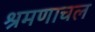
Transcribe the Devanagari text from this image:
श्रमणाचल